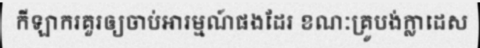
កីឡាករគួរឲ្យចាប់អារម្មណ៍ផងដែរ ខណៈគ្រូបង់ក្លាដេស